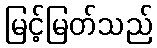
မြင့်မြတ်သည်